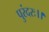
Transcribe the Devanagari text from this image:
पुरंदरः।।